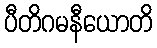
ပီတိဂမနီယောတိ